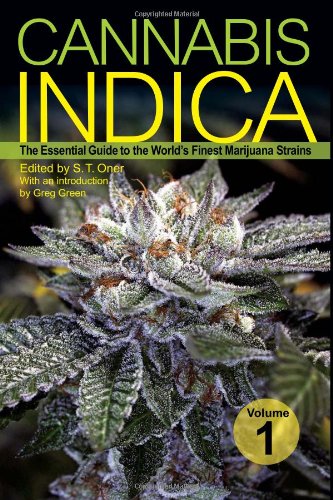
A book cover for Cannabis Indica: The Essential Guide to the World's Finest Marijuana Strains; Crafts, Hobbies & Home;